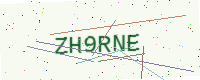
Text: ZH9RNE